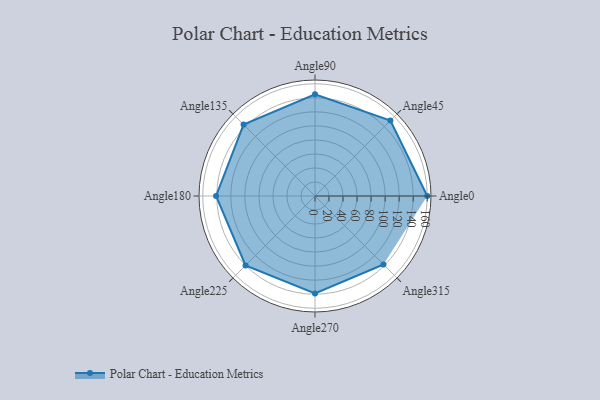
{"axis": {"x": "Angle", "y": "Radius"}, "legend": [""], "data": [{"x": "Angle0", "y": 160.0, "type": ""}, {"x": "Angle45", "y": 152.0, "type": ""}, {"x": "Angle90", "y": 145.0, "type": ""}, {"x": "Angle135", "y": 144.0, "type": ""}, {"x": "Angle180", "y": 141.0, "type": ""}, {"x": "Angle225", "y": 140.0, "type": ""}, {"x": "Angle270", "y": 139.0, "type": ""}, {"x": "Angle315", "y": 138.0, "type": ""}]}